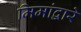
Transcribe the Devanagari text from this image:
मिमांद्वारे